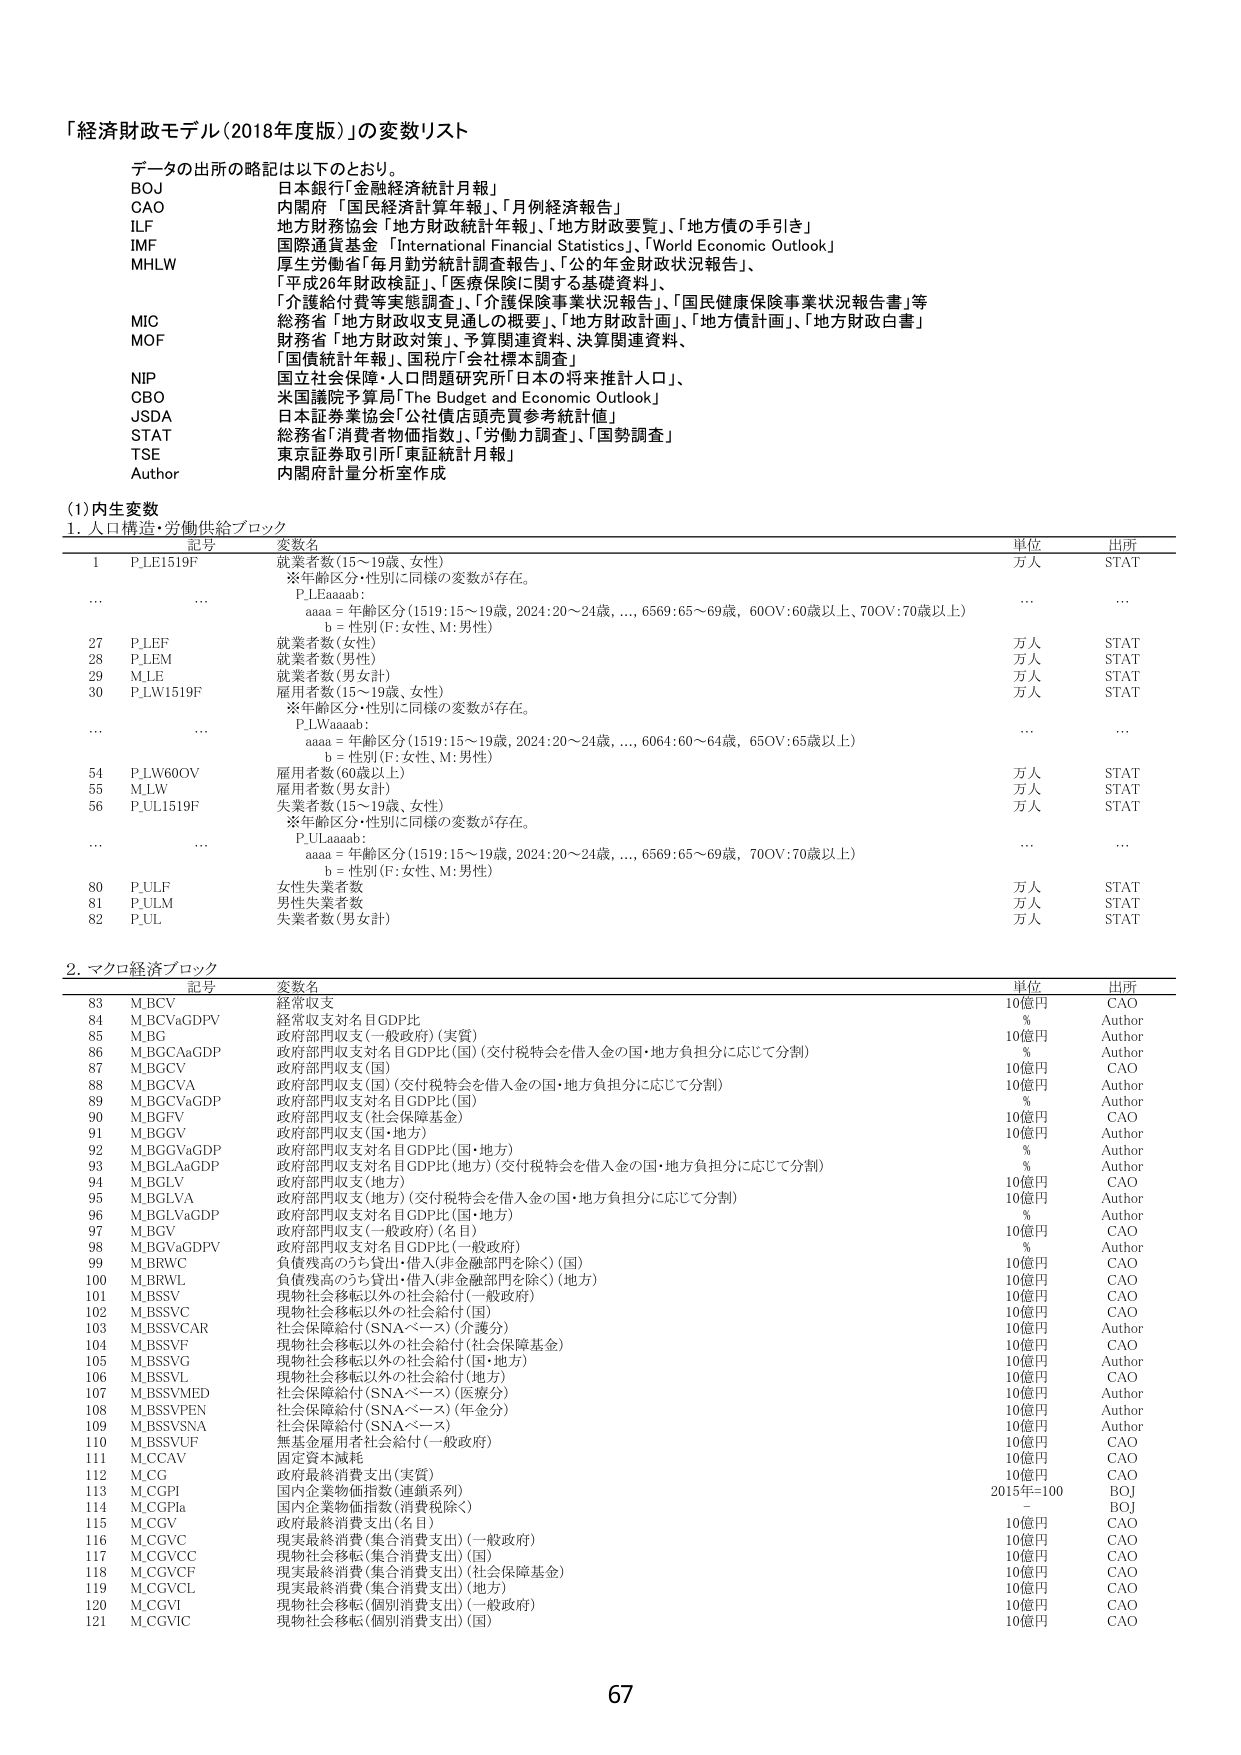
「経済財政モデル（2018年度版）」の変数リスト

データの出所の略記は以下のとおり。

BOJ 日本銀行「金融経済統計月報」
CAO 内閣府「国民経済計算年報」、「月例経済報告」
ILF 地方財務協会「地方財政統計年報」、「地方財政要覧」、「地方債の手引き」
IMF 国際通貨基金「International Financial Statistics」、「World Economic Outlook」
MHLW 厚生労働省「毎月勤労統計調査報告」、「公的年金財政状況報告」、
「平成26年財政検証」、「医療保険に関する基礎資料」、
「介護給付費等実態調査」、「介護保険事業状況報告」、「国民健康保険事業状況報告書」等
MIC 総務省「地方財政収支見通しの概要」、「地方財政計画」、「地方債計画」、「地方財政白書」
MOF 財務省「地方財政対策」、予算関連資料、決算関連資料、
「国債統計年報」、国税庁「会社標本調査」
NIP 国立社会保障・人口問題研究所「日本の将来推計人口」
CBO 米国議院予算局「The Budget and Economic Outlook」
JSDA 日本証券業協会「公社債店頭売買参考統計値」
STAT 総務省「消費者物価指数」、「労働力調査」、「国勢調査」
TSE 東京証券取引所「東証統計月報」
Author 内閣府計量分析室作成

(1) 内生変数

1. 人口構造・労働供給ブロック

記号 変数名 単位 出所
1 P_LE1519F 就業者数（15～19歳、女性） 万人 STAT
※年齢区分・性別に同様の変数が存在。
P_LEaaaab：
aaaa = 年齢区分（1519：15～19歳, 2024：20～24歳,..., 6569：65～69歳, 60OV：60歳以上、70OV：70歳以上）
b = 性別（F：女性、M：男性）
...
...
...
...
27 P_LEF 就業者数（女性） 万人 STAT
28 P_LEM 就業者数（男性） 万人 STAT
29 M_LE 就業者数（男女計） 万人 STAT
30 P_LW1519F 雇用者数（15～19歳、女性） 万人 STAT
※年齢区分・性別に同様の変数が存在。
P_LWaaaab：
aaaa = 年齢区分（1519：15～19歳, 2024：20～24歳,..., 6064：60～64歳, 65OV：65歳以上）
b = 性別（F：女性、M：男性）
...
...
...
...
54 P_LW60OV 雇用者数（60歳以上） 万人 STAT
55 M_LW 雇用者数（男女計） 万人 STAT
56 P_UL1519F 失業者数（15～19歳、女性） 万人 STAT
※年齢区分・性別に同様の変数が存在。
P_ULaaaab：
aaaa = 年齢区分（1519：15～19歳, 2024：20～24歳,..., 6569：65～69歳, 70OV：70歳以上）
b = 性別（F：女性、M：男性）
...
...
...
...
80 P_ULF 女性失業者数 万人 STAT
81 P_ULM 男性失業者数 万人 STAT
82 P_UL 失業者数（男女計） 万人 STAT

2. マクロ経済ブロック

記号 変数名 単位 出所
83 M_BCV 経常収支 10億円 CAO
84 M_BCVaGDPV 経常収支対名目GDP比 % Author
85 M_BG 政府部門収支（一般政府）（実質） 10億円 Author
86 M_BGCAaGDP 政府部門収支対名目GDP比（国）（交付税特会を借入金の国・地方負担分に応じて分割） % Author
87 M_BGCV 政府部門収支（国） 10億円 CAO
88 M_BGCVA 政府部門収支（国）（交付税特会を借入金の国・地方負担分に応じて分割） 10億円 Author
89 M_BGCVaGDP 政府部門収支対名目GDP比（国） % Author
90 M_BGFV 政府部門収支（社会保障基金） 10億円 CAO
91 M_BGGV 政府部門収支（国・地方） 10億円 Author
92 M_BGGVaGDP 政府部門収支対名目GDP比（国・地方） % Author
93 M_BGLAaGDP 政府部門収支対名目GDP比（地方）（交付税特会を借入金の国・地方負担分に応じて分割） % Author
94 M_BGLV 政府部門収支（地方） 10億円 CAO
95 M_BGLVA 政府部門収支（地方）（交付税特会を借入金の国・地方負担分に応じて分割） 10億円 Author
96 M_BGLVaGDP 政府部門収支対名目GDP比（国・地方） % Author
97 M_BGV 政府部門収支（一般政府）（名目） 10億円 CAO
98 M_BGVaGDPV 政府部門収支対名目GDP比（一般政府） % Author
99 M_BRWC 負債残高のうち貸出・借入（非金融部門を除く）（国） 10億円 CAO
100 M_BRWL 負債残高のうち貸出・借入（非金融部門を除く）（地方） 10億円 CAO
101 M_BSSV 現物社会移転以外の社会給付（一般政府） 10億円 CAO
102 M_BSSVC 現物社会移転以外の社会給付（国） 10億円 CAO
103 M_BSSVCAR 社会保障給付（SNAベース）（介護分） 10億円 Author
104 M_BSSVF 現物社会移転以外の社会給付（社会保障基金） 10億円 CAO
105 M_BSSVG 現物社会移転以外の社会給付（国・地方） 10億円 Author
106 M_BSSVL 現物社会移転以外の社会給付（地方） 10億円 CAO
107 M_BSSYMED 社会保障給付（SNAベース）（医療分） 10億円 Author
108 M_BSSYPEN 社会保障給付（SNAベース）（年金分） 10億円 Author
109 M_BSSYSNA 社会保障給付（SNAベース） 10億円 Author
110 M_BSSYUF 無基金融用者社会給付（一般政府） 10億円 CAO
111 M_CCAV 固定資本減耗 10億円 CAO
112 M_CG 政府最終消費支出（実質） 10億円 CAO
113 M_CGPI 国内企業物価指数（連鎖系列） 2015年=100 BOJ
114 M_CGPIa 国内企業物価指数（消費税除く） - BOJ
115 M_CGV 政府最終消費支出（名目） 10億円 CAO
116 M_CGVC 現実最終消費（集合消費支出）（一般政府） 10億円 CAO
117 M_CGVCC 現物社会移転（集合消費支出）（国） 10億円 CAO
118 M_CGVCF 現実最終消費（集合消費支出）（社会保障基金） 10億円 CAO
119 M_CGVCL 現実最終消費（集合消費支出）（地方） 10億円 CAO
120 M_CGVI 現物社会移転（個別消費支出）（一般政府） 10億円 CAO
121 M_CGVIC 現物社会移転（個別消費支出）（国） 10億円 CAO

67